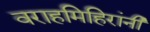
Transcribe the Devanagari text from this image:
वराहमिहिरांनी